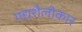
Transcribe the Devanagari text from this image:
गद्यशैलीकार